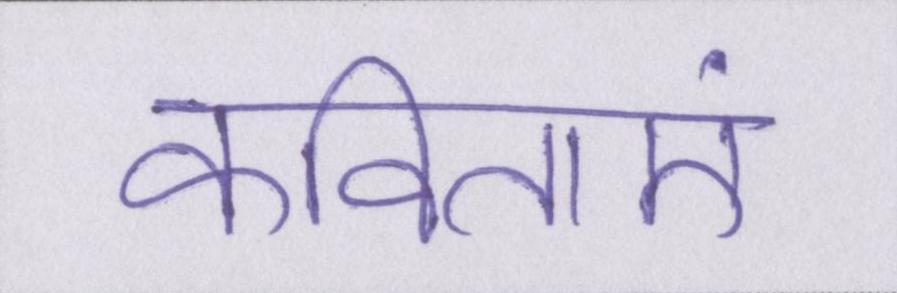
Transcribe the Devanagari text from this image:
कविताएं